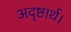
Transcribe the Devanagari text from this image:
अदृष्टार्थ।